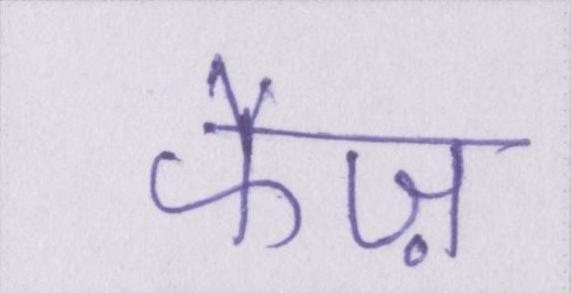
फैज़